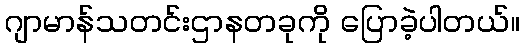
ဂျာမာန်သတင်းဌာနတခုကို ပြောခဲ့ပါတယ်။